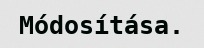
Módosítása.